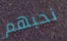
نحبهم